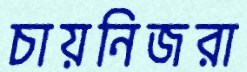
চায়নিজরা